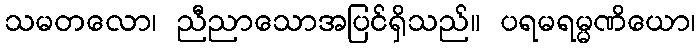
သမတလော၊ ညီညာသောအပြင်ရှိသည်။ ပရမရမ္မဏိယော၊